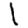
Digit: 1